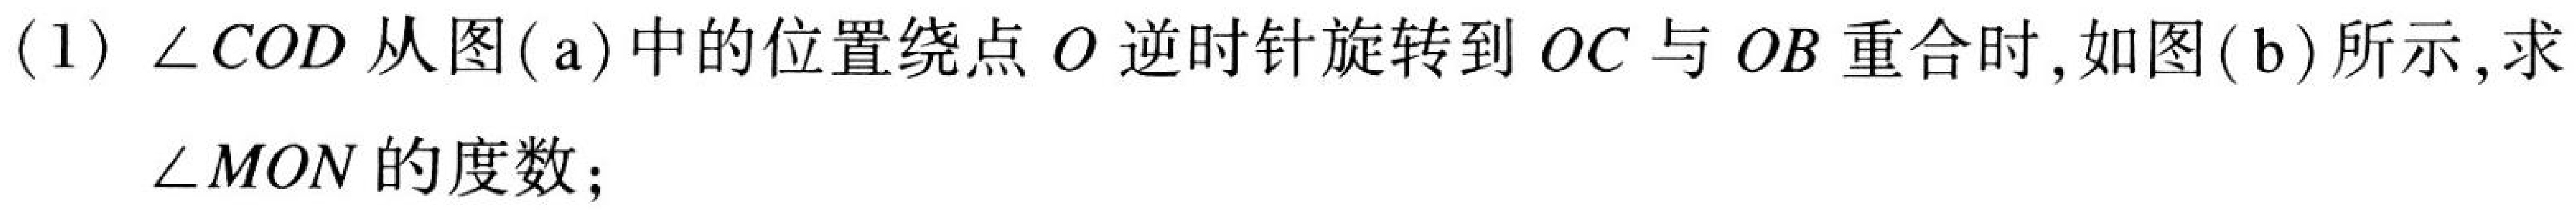
(1) \(\angle COD\)从图(a)中的位置绕点\(O\)逆时针旋转到\(OC\)与\(OB\)重合时,如图(b)所示,求\(\angle MON\)的度数;